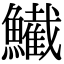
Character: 𫚂